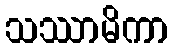
သဿာမိကာ